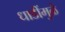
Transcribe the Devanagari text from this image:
धाडींमुळे